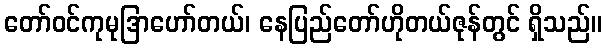
တော်ဝင်ကုမုဒြာဟော်တယ်၊ နေပြည်တော်ဟိုတယ်ဇုန်တွင် ရှိသည်။